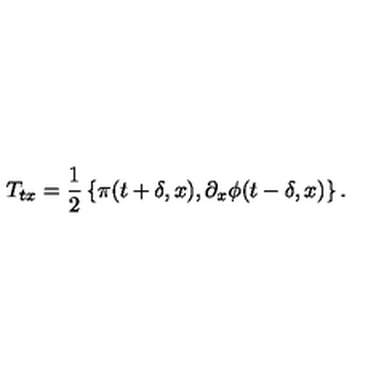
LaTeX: T _ { t x } = { \frac { 1 } { 2 } } \left\{ \pi ( t + \delta , x ) , \partial _ { x } \phi ( t - \delta , x ) \right\} .